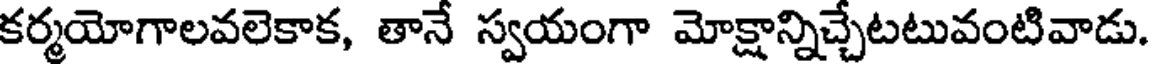
కర్మయోగాలవలెకాక, తానే స్వయంగా మోక్షాన్నిచ్చేటటువంటివాడు.